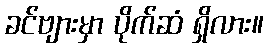
ခင်ဗျားမှာ ပိုက်ဆံ ရှိလား။